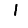
Digit: 1